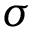
\sigma